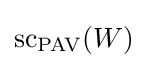
\textstyle \mathrm {sc} _{\mathrm {PAV} }(W)